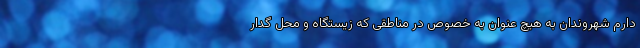
دارم شهروندان به هیچ عنوان به خصوص در مناطقی که زیستگاه و محل گدار